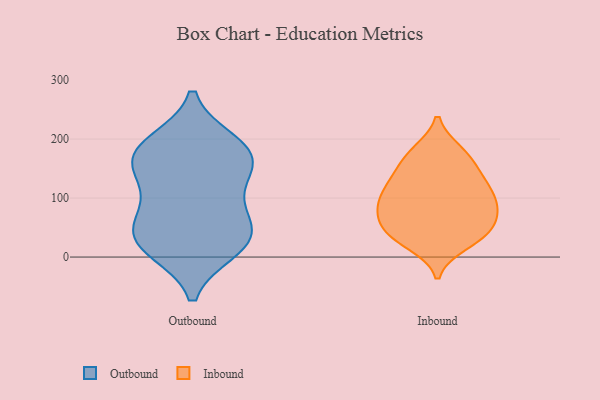
{"axis": {"x": "Headcount", "y": "Value"}, "legend": ["Inbound", "Outbound"], "data": [{"x": "", "y": 19, "type": "Outbound"}, {"x": "", "y": 34, "type": "Outbound"}, {"x": "", "y": 151, "type": "Outbound"}, {"x": "", "y": 52, "type": "Outbound"}, {"x": "", "y": 73, "type": "Outbound"}, {"x": "", "y": 143, "type": "Outbound"}, {"x": "", "y": 170, "type": "Outbound"}, {"x": "", "y": 193, "type": "Outbound"}, {"x": "", "y": 14, "type": "Outbound"}, {"x": "", "y": 101, "type": "Outbound"}, {"x": "", "y": 186, "type": "Outbound"}, {"x": "", "y": 175, "type": "Outbound"}, {"x": "", "y": 30, "type": "Outbound"}, {"x": "", "y": 37, "type": "Inbound"}, {"x": "", "y": 37, "type": "Inbound"}, {"x": "", "y": 104, "type": "Inbound"}, {"x": "", "y": 69, "type": "Inbound"}, {"x": "", "y": 23, "type": "Inbound"}, {"x": "", "y": 119, "type": "Inbound"}, {"x": "", "y": 139, "type": "Inbound"}, {"x": "", "y": 169, "type": "Inbound"}, {"x": "", "y": 90, "type": "Inbound"}, {"x": "", "y": 174, "type": "Inbound"}, {"x": "", "y": 72, "type": "Inbound"}, {"x": "", "y": 134, "type": "Inbound"}, {"x": "", "y": 86, "type": "Inbound"}, {"x": "", "y": 178, "type": "Inbound"}, {"x": "", "y": 82, "type": "Inbound"}, {"x": "", "y": 44, "type": "Inbound"}, {"x": "", "y": 118, "type": "Inbound"}, {"x": "", "y": 39, "type": "Inbound"}]}